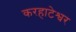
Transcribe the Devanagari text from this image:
करहाटेश्वर